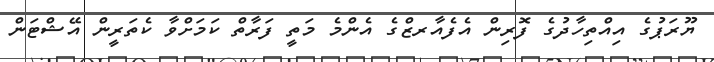
ޔޫރަޕުގެ އިއްތިހާދުގެ ފޮރިން އެފެއާރޒްގެ އެންމެ މަތީ ފަރާތް ކަމަށްވާ ކެތަރީން އޭޝްޓަން